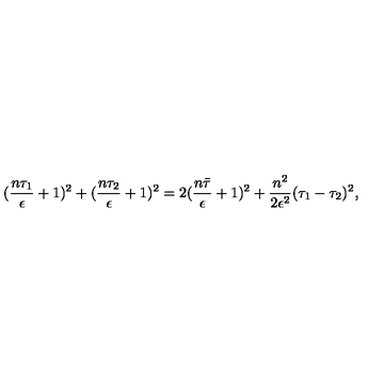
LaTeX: ( \frac { n \tau _ { 1 } } { \epsilon } + 1 ) ^ { 2 } + ( \frac { n \tau _ { 2 } } { \epsilon } + 1 ) ^ { 2 } = 2 ( \frac { n \bar { \tau } } { \epsilon } + 1 ) ^ { 2 } + \frac { n ^ { 2 } } { 2 \epsilon ^ { 2 } } ( \tau _ { 1 } - \tau _ { 2 } ) ^ { 2 } ,